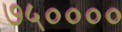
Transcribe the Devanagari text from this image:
७५००००